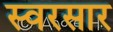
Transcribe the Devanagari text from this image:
स्वरसार